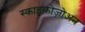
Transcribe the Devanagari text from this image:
स्काइफ़ोज़ोअन